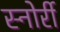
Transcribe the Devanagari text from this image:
स्नोर्री